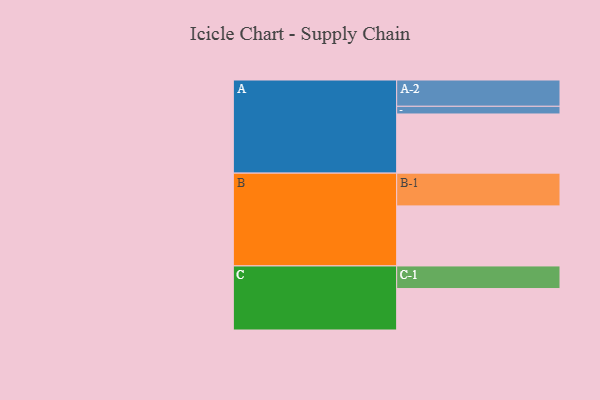
{"axis": {"x": "Segment", "y": "Value"}, "legend": ["", "A", "B", "C"], "data": [{"x": "A", "y": 531, "type": ""}, {"x": "B", "y": 539, "type": ""}, {"x": "C", "y": 372, "type": ""}, {"x": "A-1", "y": 69, "type": "A"}, {"x": "A-2", "y": 236, "type": "A"}, {"x": "B-1", "y": 294, "type": "B"}, {"x": "C-1", "y": 203, "type": "C"}]}